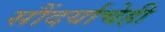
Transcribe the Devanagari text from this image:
सौंदर्याचेही